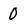
Character: O